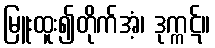
မြူးထူး၍တိုက်အံ့၊ ဒုက္ကဋ်။